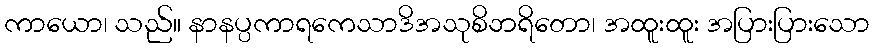
ကာယော၊ သည်။ နာနပ္ပကာရကေသာဒိအသုစိဘရိတော၊ အထူးထူး အပြားပြားသော